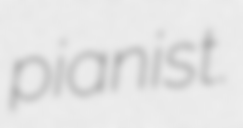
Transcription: pianist.